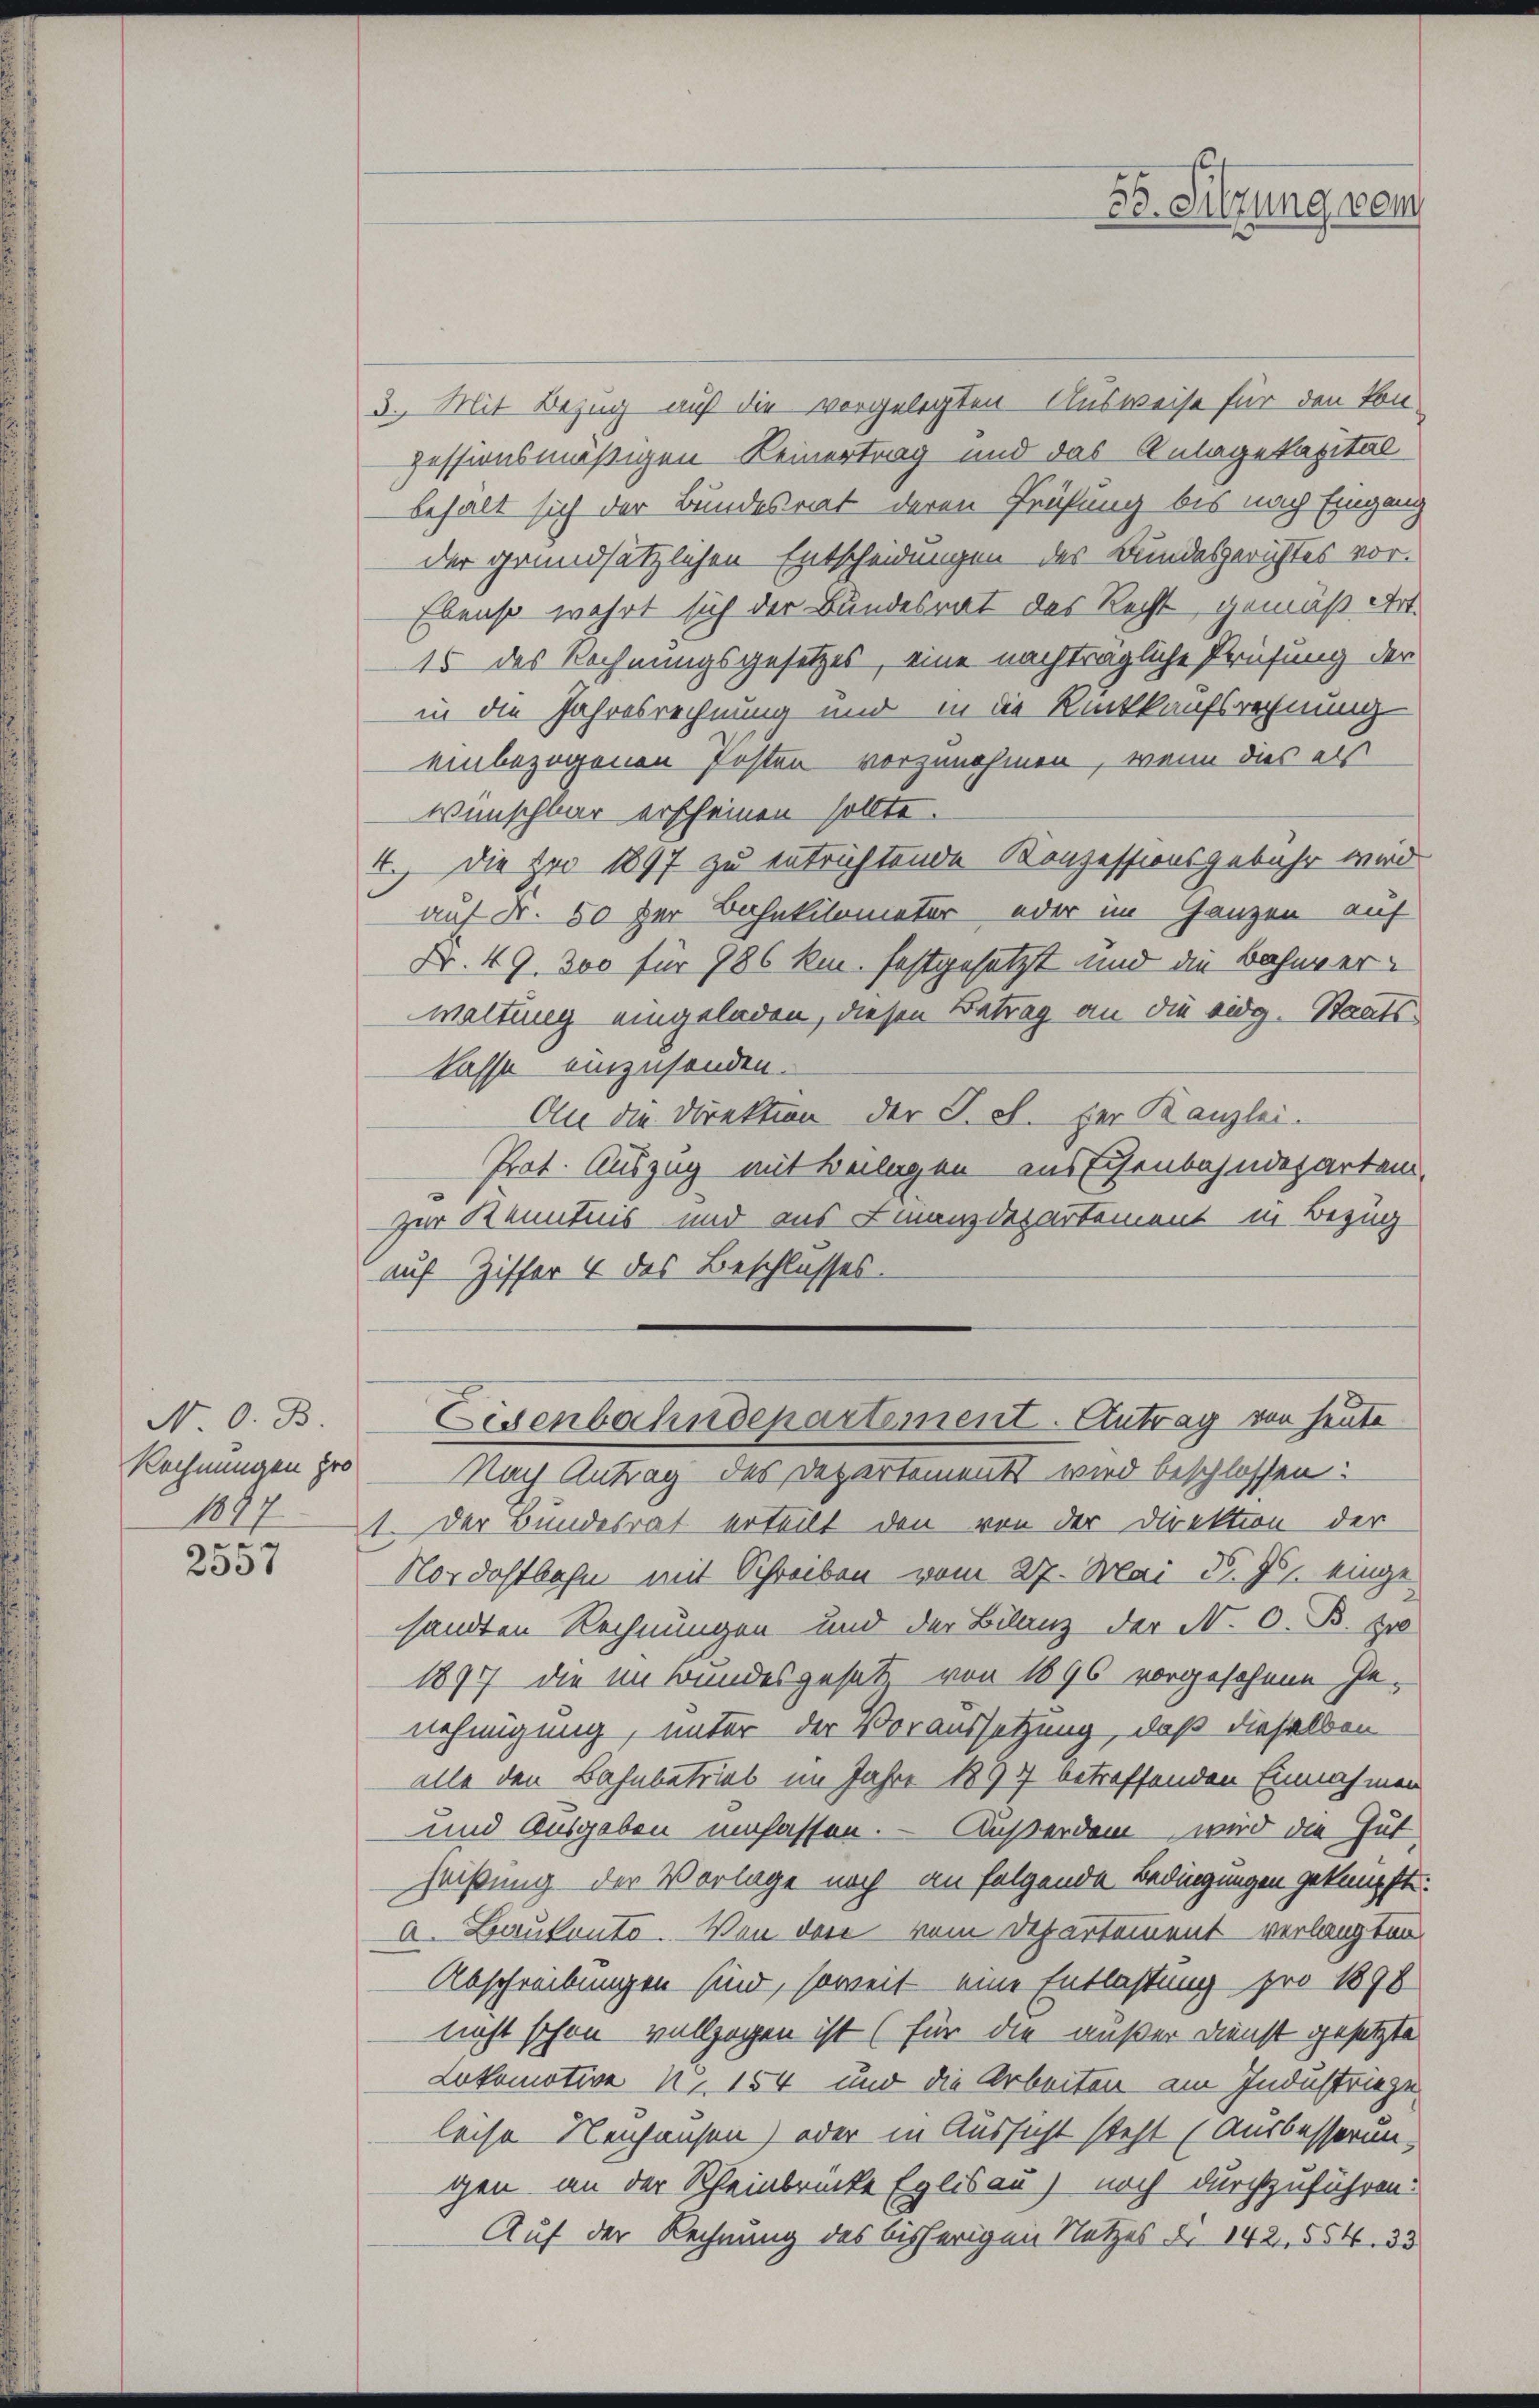
N. O. B.
Rechnungen pro
1847
e
230

55. Sitzung vom

3. Mit Bezug auf die vorgelegten Ausweise für den kon-
zessionsmäßigen Keinertrag und das Anlagekapital
behalt sich der Bundesrat deren Prüfung bis nach Eingang
der grundsätzlichen Entscheidungen des Bundesgerichtes vor¬
Ebenso wahrt sich der Bundesrat des Recht gemäß Art.
15 des Rechnungsgesetzes, eine nachträgliche Prüfung der
in die Jahresrechnung und in die Rückkaufsrechnung
einbezogenen Posten vorzunehmen, wenn dies als
wünschbar erscheinen sollte.
4., Die pro 1897 zu entrichtende Konzessionsgebühr wird
auf Fr. 50 der Bahnkilomater oder im Ganzen auf
Nr. 49. 300 für 786 km. festgesetzt und die Bahnverwaltung eingeladen, diesen Betrag an die eidg. Staatskasse einzusenden.
An die Direktion der T. el. Der Kanzlei.
Prot. Auszug mit Beilagen aus Eisenbahndeparten,
Zur Kenntnis und aus Finanzdepartement in Bezug
auf Ziffer 4 des Beschlusses.
Eisenbahndepartement. Antrag von heute
Nach Antrag des Departements wird beschlossen:
1. Der Bundesrat erteilt den von der Direktion der
Nordostbahn mit Schreiben vom 27. Mai d. Js. eingesandten Rechnungen und der Bilanz der N. O. B. z
1897 die im Bundesgesetz von 1896 vorgesehene Ge-
nehmigung, unter der Voraussetzung, daß dieselben
alle den Bahnbetrieb im Jahre 1897 betreffenden Einnahmen
und Ausgaben umfassen. — Außerdem wird die Gutheißung der Vorlage noch an folgende Bedingungen geknüpft:
a. Baukonto. Von der vom Departement verlangten
Abschreibungen sind, soweit eine Entlastung pro 1898
nicht schon vollzogen ist (für die außer Dienst gesetzte
Lokomotive Nr. 154 und die Arbeiten am Industrieze
leise Neuhausen) oder in Aussicht steht (Ausbesserung
gen an der Scheinbrücke Eglisau) noch durchzuführen.
Auf der Rechnung des bisherigen Netzes d. 142. 554. 33